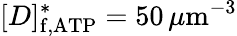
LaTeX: [D]_{\mathrm{f,ATP}}^{\ast}=50\, \mu\mathrm{m}^{-3}